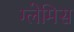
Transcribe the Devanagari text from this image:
ग्लेमिस